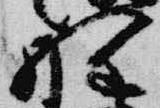
野